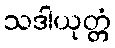
သဒါယုတ္တံ